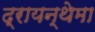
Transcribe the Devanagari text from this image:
द्रायन्थेमा